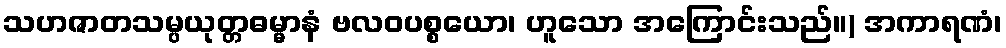
သဟဇာတသမ္ပယုတ္တဓမ္မာနံ ဗလဝပစ္စယော၊ ဟူသော အကြောင်းသည်။) အကာရဏံ၊